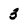
Character: 3